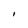
Character: I